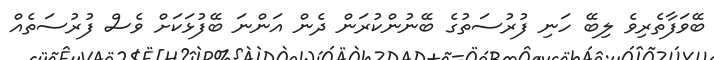
ބޭވަފާތެރިވެ ލިބޭ ހަނި ފުރުސަތުގެ ބޭނުންކުރަން ދެން އަންނަ ބޭފުޅަކަށް ވެސް ފުރުސަތެއް